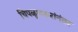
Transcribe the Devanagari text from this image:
चिपळूणकरांनंतर